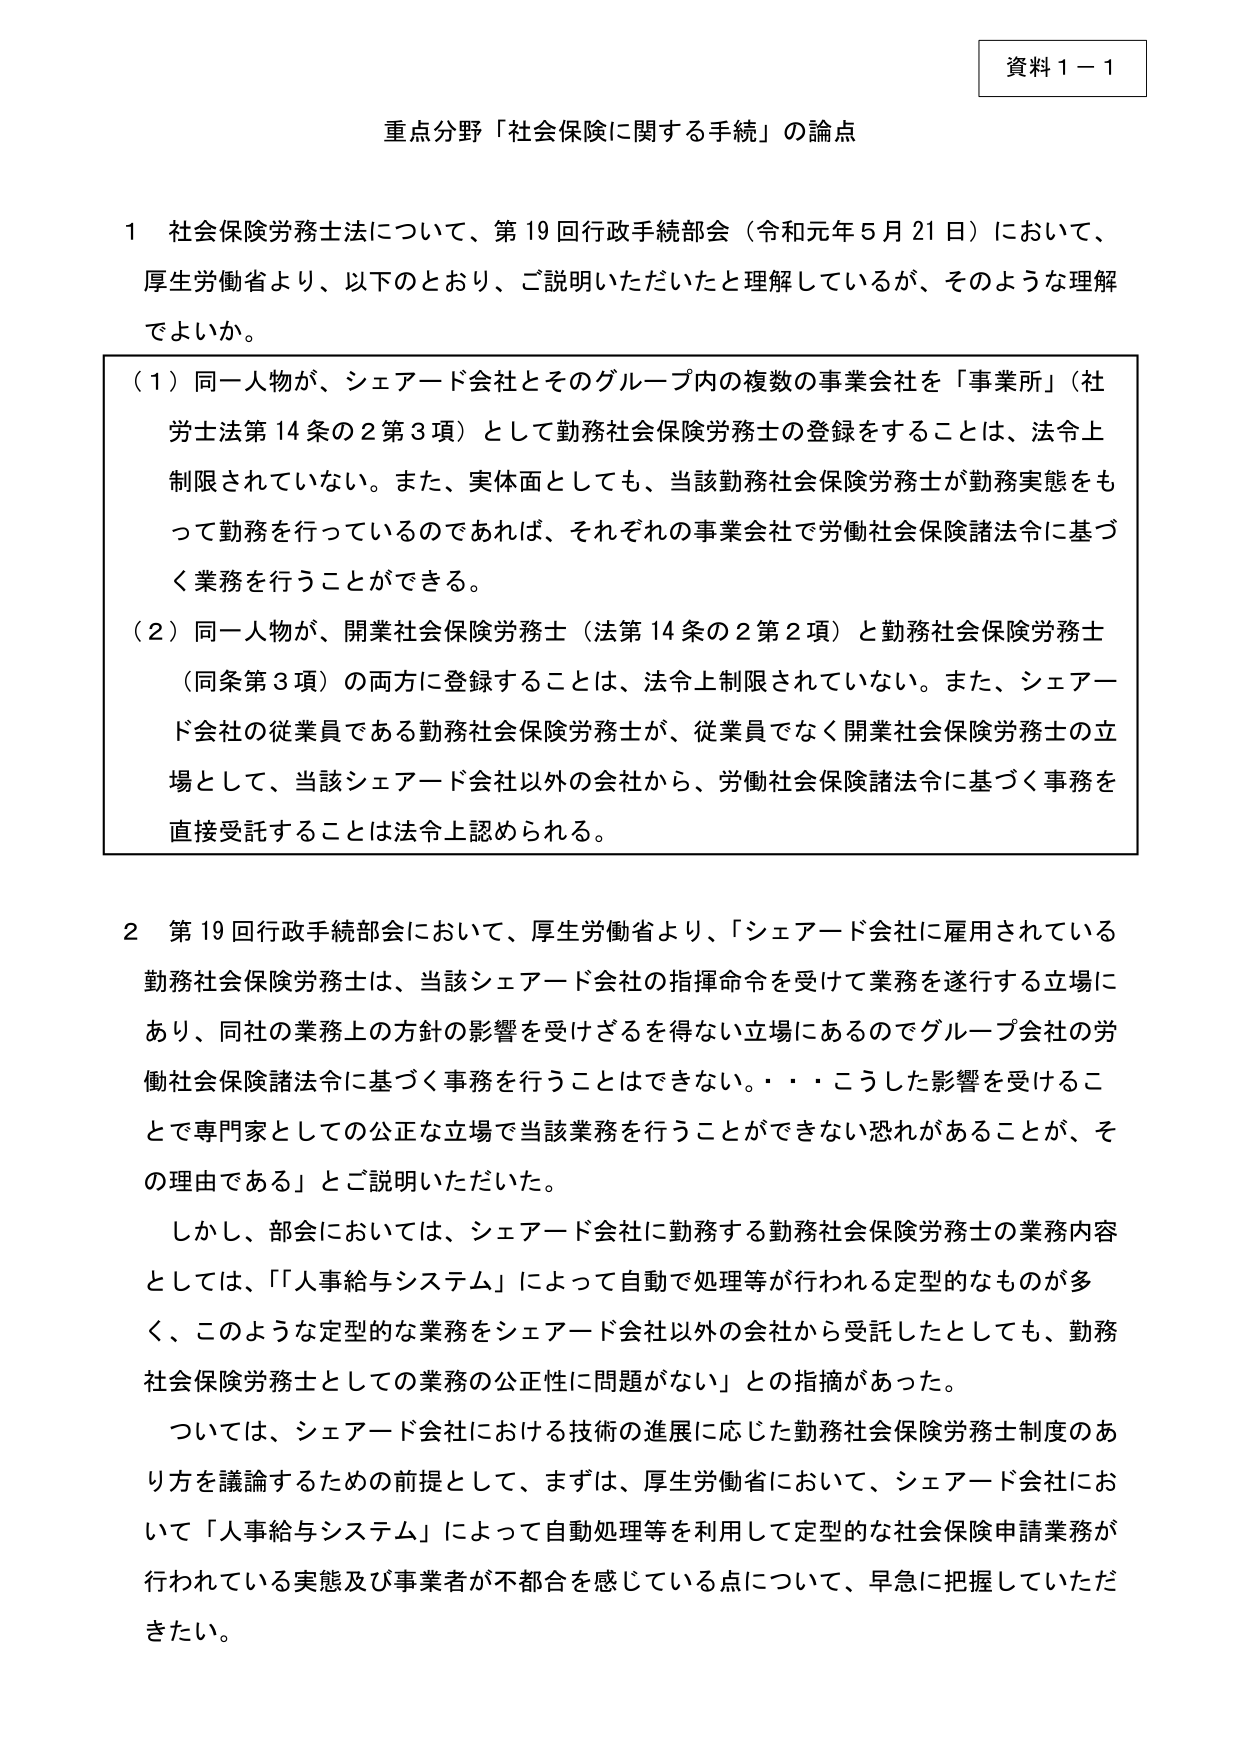
資料１－１

重点分野「社会保険に関する手続」の論点

１　社会保険労務士法について、第19回行政手続部会（令和元年5月21日）において、
厚生労働省より、以下のとおり、ご説明いただいたと理解しているが、そのような理解
でよいか。

（１）同一人物が、シェアード会社とそのグループ内の複数の事業会社を「事業所」（社
労士法第14条の2第3項）として勤務社会保険労務士の登録をすることは、法令上
制限されていない。また、実体面としても、当該勤務社会保険労務士が勤務実態をも
って勤務を行っているのであれば、それぞれの事業会社で労働社会保険諸法令に基づ
く業務を行うことができる。

（２）同一人物が、開業社会保険労務士（法第14条の2第2項）と勤務社会保険労務士
（同条第3項）の両方に登録することは、法令上制限されていない。また、シェアー
ド会社の従業員である勤務社会保険労務士が、従業員でなく開業社会保険労務士の立
場として、当該シェアード会社以外の会社から、労働社会保険諸法令に基づく事務を
直接受託することは法令上認められる。

２　第19回行政手続部会において、厚生労働省より、「シェアード会社に雇用されている
勤務社会保険労務士は、当該シェアード会社の指揮命令を受けて業務を遂行する立場に
あり、同社の業務上の方針の影響を受けざるを得ない立場にあるのでグループ会社の労
働社会保険諸法令に基づく事務を行うことはできない。・・・こうした影響を受けるこ
とで専門家としての公正な立場で当該業務を行うことができない恐れがあることが、そ
の理由である」とご説明いただいた。

　しかし、部会においては、シェアード会社に勤務する勤務社会保険労務士の業務内容
としては、「「人事給与システム」によって自動で処理等が行われる定型的なものが多く、このような定型的な業務をシェアード会社以外の会社から受託したとしても、勤務
社会保険労務士としての業務の公正性に問題がない」との指摘があった。

　ついては、シェアード会社における技術の進展に応じた勤務社会保険労務士制度のあ
り方を議論するための前提として、まずは、厚生労働省において、シェアード会社にお
いて「人事給与システム」によって自動処理等を利用して定型的な社会保険申請業務が
行われている実態及び事業者が不都合を感じている点について、早急に把握していただ
きたい。